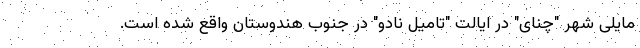
مایلی شهر "چنای" در ایالت "تامیل نادو" در جنوب هندوستان واقع شده است.